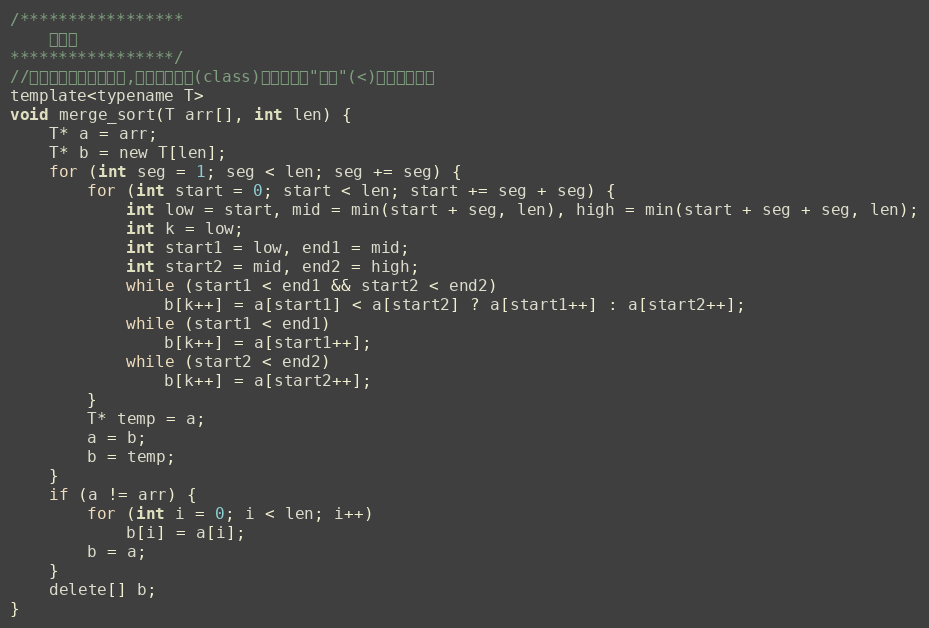
Language: C
/*****************
    迭代版
*****************/
//整數或浮點數皆可使用,若要使用物件(class)時必須設定"小於"(<)的運算子功能
template<typename T>
void merge_sort(T arr[], int len) {
	T* a = arr;
	T* b = new T[len];
	for (int seg = 1; seg < len; seg += seg) {
		for (int start = 0; start < len; start += seg + seg) {
			int low = start, mid = min(start + seg, len), high = min(start + seg + seg, len);
			int k = low;
			int start1 = low, end1 = mid;
			int start2 = mid, end2 = high;
			while (start1 < end1 && start2 < end2)
				b[k++] = a[start1] < a[start2] ? a[start1++] : a[start2++];
			while (start1 < end1)
				b[k++] = a[start1++];
			while (start2 < end2)
				b[k++] = a[start2++];
		}
		T* temp = a;
		a = b;
		b = temp;
	}
	if (a != arr) {
		for (int i = 0; i < len; i++)
			b[i] = a[i];
		b = a;
	}
	delete[] b;
}